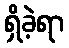
ရှိခဲ့ရာ